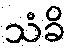
သံခိ